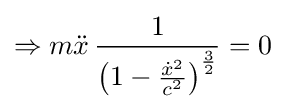
\Rightarrow m{\ddot {x}}\,{\frac {1}{\left(1-{\frac {{\dot {x}}^{2}}{c^{2}}}\right)^{\frac {3}{2}}}}=0